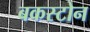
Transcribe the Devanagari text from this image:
बकस्टोन